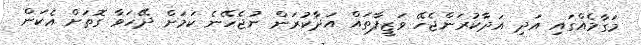
މަގާމެއްގައި އަދި އަދާކުރަންޖެހޭ ވަޒީފާތައް އަދާކުރަން ނުޖެހޭނެ ކަމަށް ދޭހަވާ ގޮތަށް އެކަން